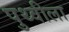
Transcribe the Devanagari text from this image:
पुथ्वीला